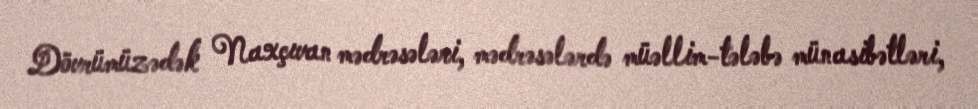
Dövrümüzədək Naxçıvan mədrəsələri, mədrəsələrdə müəllim-tələbə münasibətləri,